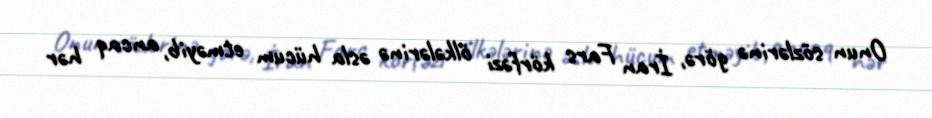
Onun sözlərinə görə, İran Fars körfəzi ölkələrinə əsla hücum etməyib, ancaq hər